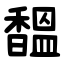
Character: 馧